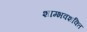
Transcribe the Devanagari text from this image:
शाम्भवशक्ति